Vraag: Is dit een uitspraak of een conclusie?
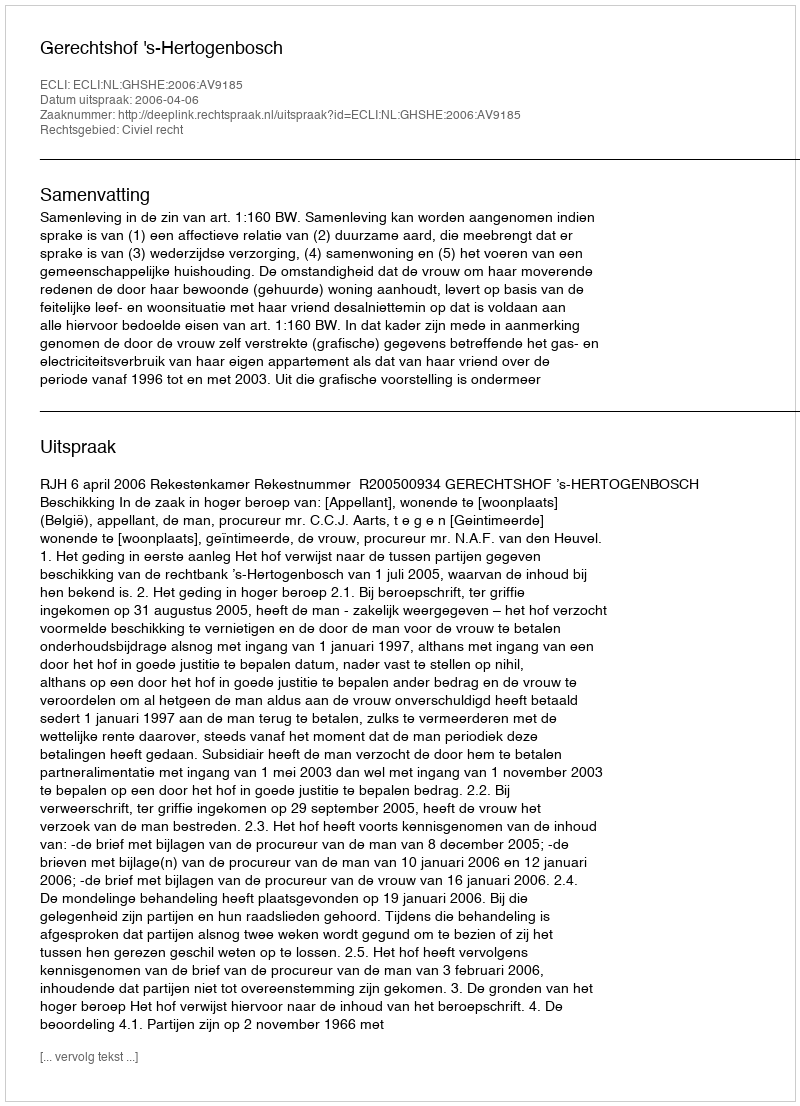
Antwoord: Uitspraak